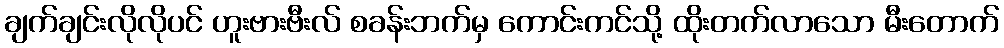
ချက်ချင်းလိုလိုပင် ဟူးဗားဗီးလ် စခန်းဘက်မှ ကောင်းကင်သို့ ထိုးတက်လာသော မီးတောက်